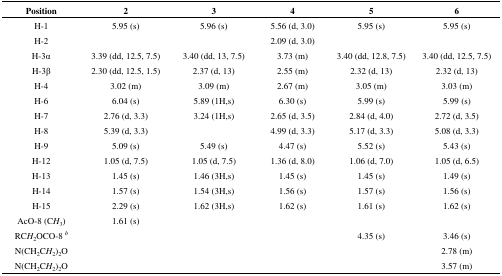
<table><thead><tr><td><b>Position</b></td><td><b>2</b></td><td><b>3</b></td><td><b>4</b></td><td><b>5</b></td><td><b>6</b></td></tr></thead><tbody><tr><td>H-1</td><td>5.95 (s)</td><td>5.96 (s)</td><td>5.56 (d, 3.0)</td><td>5.95 (s)</td><td>5.95 (s)</td></tr><tr><td>H-2</td><td></td><td></td><td>2.09 (d, 3.0)</td><td></td><td></td></tr><tr><td>H-3α</td><td>3.39 (dd, 12.5, 7.5)</td><td>3.40 (dd, 13, 7.5)</td><td>3.73 (m)</td><td>3.40 (dd, 12.8, 7.5)</td><td>3.40 (dd, 12.5, 7.5)</td></tr><tr><td>H-3β</td><td>2.30 (dd, 12.5, 1.5)</td><td>2.37 (d, 13)</td><td>2.55 (m)</td><td>2.32 (d, 13)</td><td>2.32 (d, 13)</td></tr><tr><td>H-4</td><td>3.02 (m)</td><td>3.09 (m)</td><td>2.67 (m)</td><td>3.05 (m)</td><td>3.03 (m)</td></tr><tr><td>H-6</td><td>6.04 (s)</td><td>5.89 (1H,s)</td><td>6.30 (s)</td><td>5.99 (s)</td><td>5.99 (s)</td></tr><tr><td>H-7</td><td>2.76 (d, 3.3)</td><td>3.24 (1H,s)</td><td>2.65 (d, 3.5)</td><td>2.84 (d, 4.0)</td><td>2.72 (d, 3.5)</td></tr><tr><td>H-8</td><td>5.39 (d, 3.3)</td><td></td><td>4.99 (d, 3.3)</td><td>5.17 (d, 3.3)</td><td>5.08 (d, 3.3)</td></tr><tr><td>H-9</td><td>5.09 (s)</td><td>5.49 (s)</td><td>4.47 (s)</td><td>5.52 (s)</td><td>5.43 (s)</td></tr><tr><td>H-12</td><td>1.05 (d, 7.5)</td><td>1.05 (d, 7.5)</td><td>1.36 (d, 8.0)</td><td>1.06 (d, 7.0)</td><td>1.05 (d, 6.5)</td></tr><tr><td>H-13</td><td>1.45 (s)</td><td>1.46 (3H,s)</td><td>1.45 (s)</td><td>1.45 (s)</td><td>1.49 (s)</td></tr><tr><td>H-14</td><td>1.57 (s)</td><td>1.54 (3H,s)</td><td>1.56 (s)</td><td>1.57 (s)</td><td>1.56 (s)</td></tr><tr><td>H-15</td><td>2.29 (s)</td><td>1.62 (3H,s)</td><td>1.62 (s)</td><td>1.61 (s)</td><td>1.62 (s)</td></tr><tr><td>AcO-8 (C<i>H</i><sub>3</sub>)</td><td>1.61 (s)</td><td></td><td></td><td></td><td></td></tr><tr><td>RC<i>H</i><sub>2</sub>OCO-8b</td><td></td><td></td><td></td><td>4.35 (s)</td><td>3.46 (s)</td></tr><tr><td>N(CH<sub>2</sub>C<i>H</i><sub>2</sub>)<sub>2</sub>O</td><td></td><td></td><td></td><td></td><td>2.78 (m)</td></tr><tr><td>N(CH<sub>2</sub>C<i>H</i><sub>2</sub>)<sub>2</sub>O</td><td></td><td></td><td></td><td></td><td>3.57 (m)</td></tr></tbody></table>